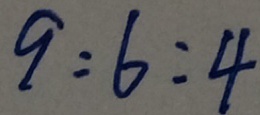
9 : 6 : 4